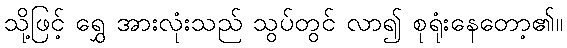
သို့ဖြင့် ရွှေ အားလုံးသည် သွပ်တွင် လာ၍ စုရုံးနေတော့၏။